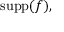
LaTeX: \operatorname { s u p p } ( f ) ,